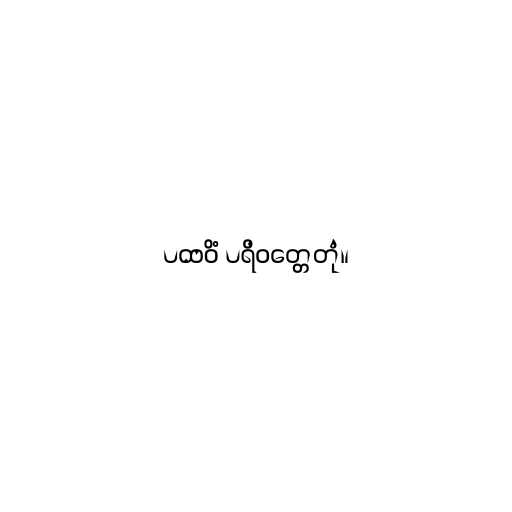
ပထဝိံ ပရိဝတ္တေတုံ။